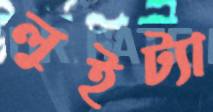
লুইট্যা